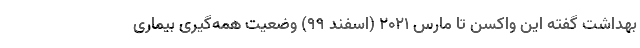
بهداشت گفته این واکسن تا مارس ۲۰۲۱ (اسفند 99) وضعیت همه‌گیری بیماری